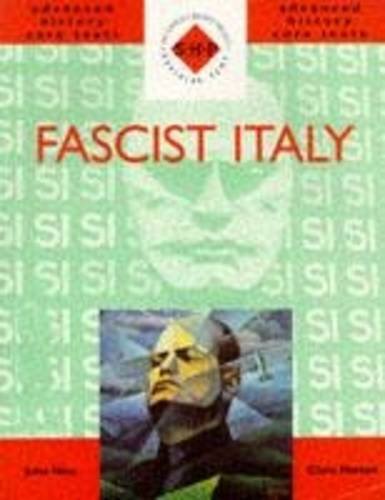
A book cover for Fascist Italy (Shp Advanced History Core Texts); John Hite; History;